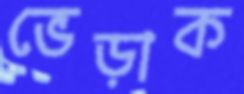
ভেড়াক